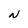
Character: N